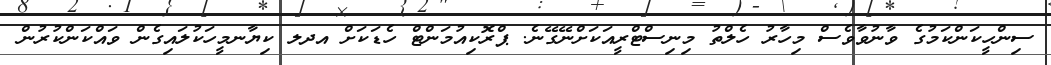
ސިންހީކަންކަމުގެ ވާނުވާވެސް މިހާރު ހެލްތު މިނިސްޓްރީއަކަށްނޭގޭނެ. ޕްރޮކިއުމަންޓް ހެޑަކަށް އދލ ކިޔާނމީހަކުލައިގެން ވައްކަންކުރުން